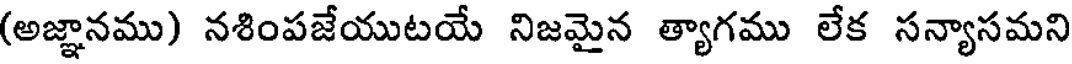
(అజ్ఞానము) నశింపజేయుటయే నిజమైన త్యాగము లేక సన్యాసమని